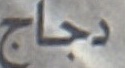
دجاج